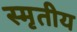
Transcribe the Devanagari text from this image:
स्मृतीय